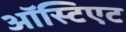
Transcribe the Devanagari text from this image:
ऑस्टिएट